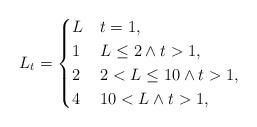
LaTeX: \begin{align*} L_t = \begin{cases} L_{} & t = 1,\\ 1 & L_{} \leq 2 \land t > 1,\\ 2 & 2 < L_{} \leq 10 \land t > 1,\\ 4 & 10 < L_{} \land t > 1,\\ \end{cases}\end{align*}